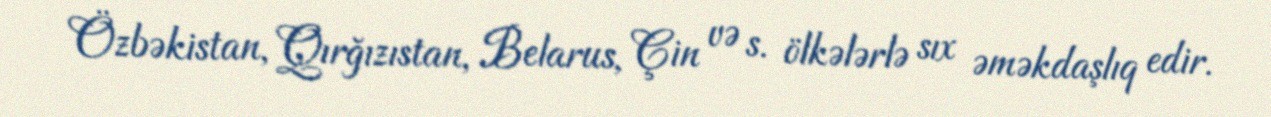
Özbəkistan, Qırğızıstan, Belarus, Çin və s. ölkələrlə sıx əməkdaşlıq edir.